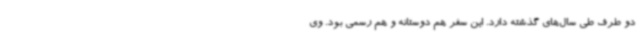
دو طرف طی سال‌های گذشته دارد. این سفر هم دوستانه و هم رسمی بود. وی